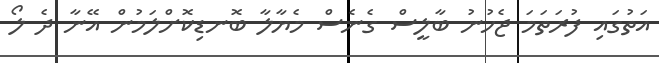
އަތުގައި ފުރަތަމަ ޖެހުނު ބާލީސް ގެނެސް މެޔާލާ ބޮނޑިކޮށްލަމުން އޭނާ ދެ ލޯ